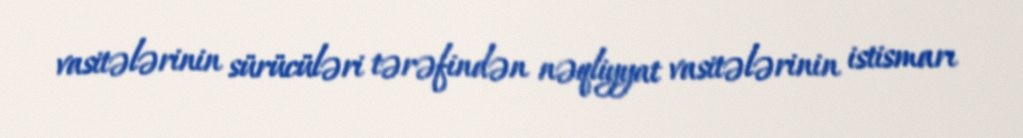
vasitələrinin sürücüləri tərəfindən nəqliyyat vasitələrinin istismarı